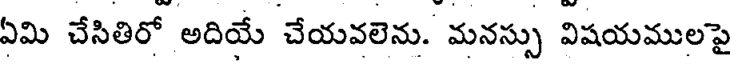
ఏమి చేసితిరో అదియే చేయవలెను. మనస్సు విషయములపై